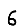
Digit: 6